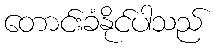
တောင်းခံနိုင်ပါသည်